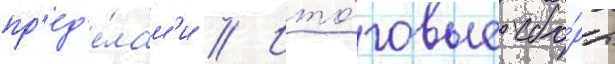
пр'ед'е́лам'и // Ито́говые сбо́ры